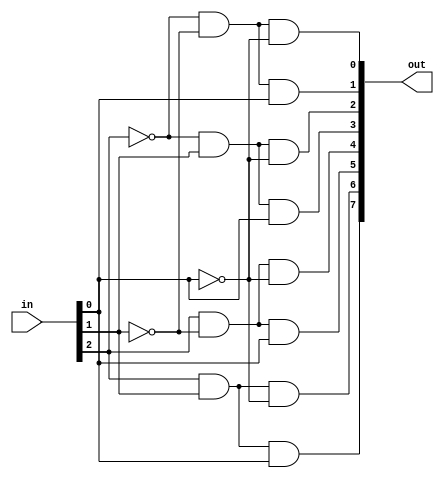
//Justin Liang
//ECE 154A
//Homework 1, Problem 2b

module decoder_3_8_structural(in, out);
  input[2:0] in;
  output[7:0] out;
  
  //Make the not wires
  wire not2, not1, not0;
  not(not2, in[2]);
  not(not1, in[1]);
  not(not0, in[0]);  
  
  //And them according to the boolean equation for a decoder
  and(out[0], not2, not1, not0);
  and(out[1], not2, not1, in[0]);
  and(out[2], not2, in[1], not0);
  and(out[3], not2, in[1], in[0]);
  and(out[4], in[2], not1, not0);
  and(out[5], in[2], not1, in[0]);
  and(out[6], in[2], in[1], not0);
  and(out[7], in[2], in[1], in[0]);

endmodule